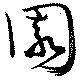
園